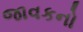
જાવકનો